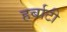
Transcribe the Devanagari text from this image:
हर्बाटी